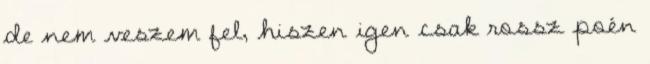
de nem veszem fel, hiszen igen csak rossz poén